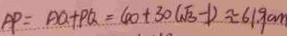
A P = A Q + P Q = 4 0 + 3 0 ( \sqrt { 3 } - 1 ) \approx 6 1 . 9 c m